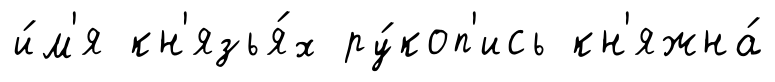
и́м'я кн'язья́х ру́коп'ись кн'яжна́